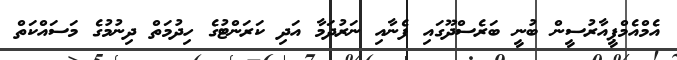
އެމްއެމްޕީއާރުސީން ބުނީ ބަރެސްދޫގައި ފެނާއި ނަރުދަމާ އަދި ކަރަންޓުގެ ހިދުމަތް ދިނުމުގެ މަސައްކަތް